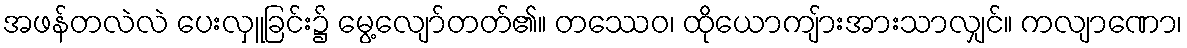
အဖန်တလဲလဲ ပေးလှူခြင်း၌ မွေ့လျော်တတ်၏။ တဿေဝ၊ ထိုယောကျ်ားအားသာလျှင်။ ကလျာဏော၊